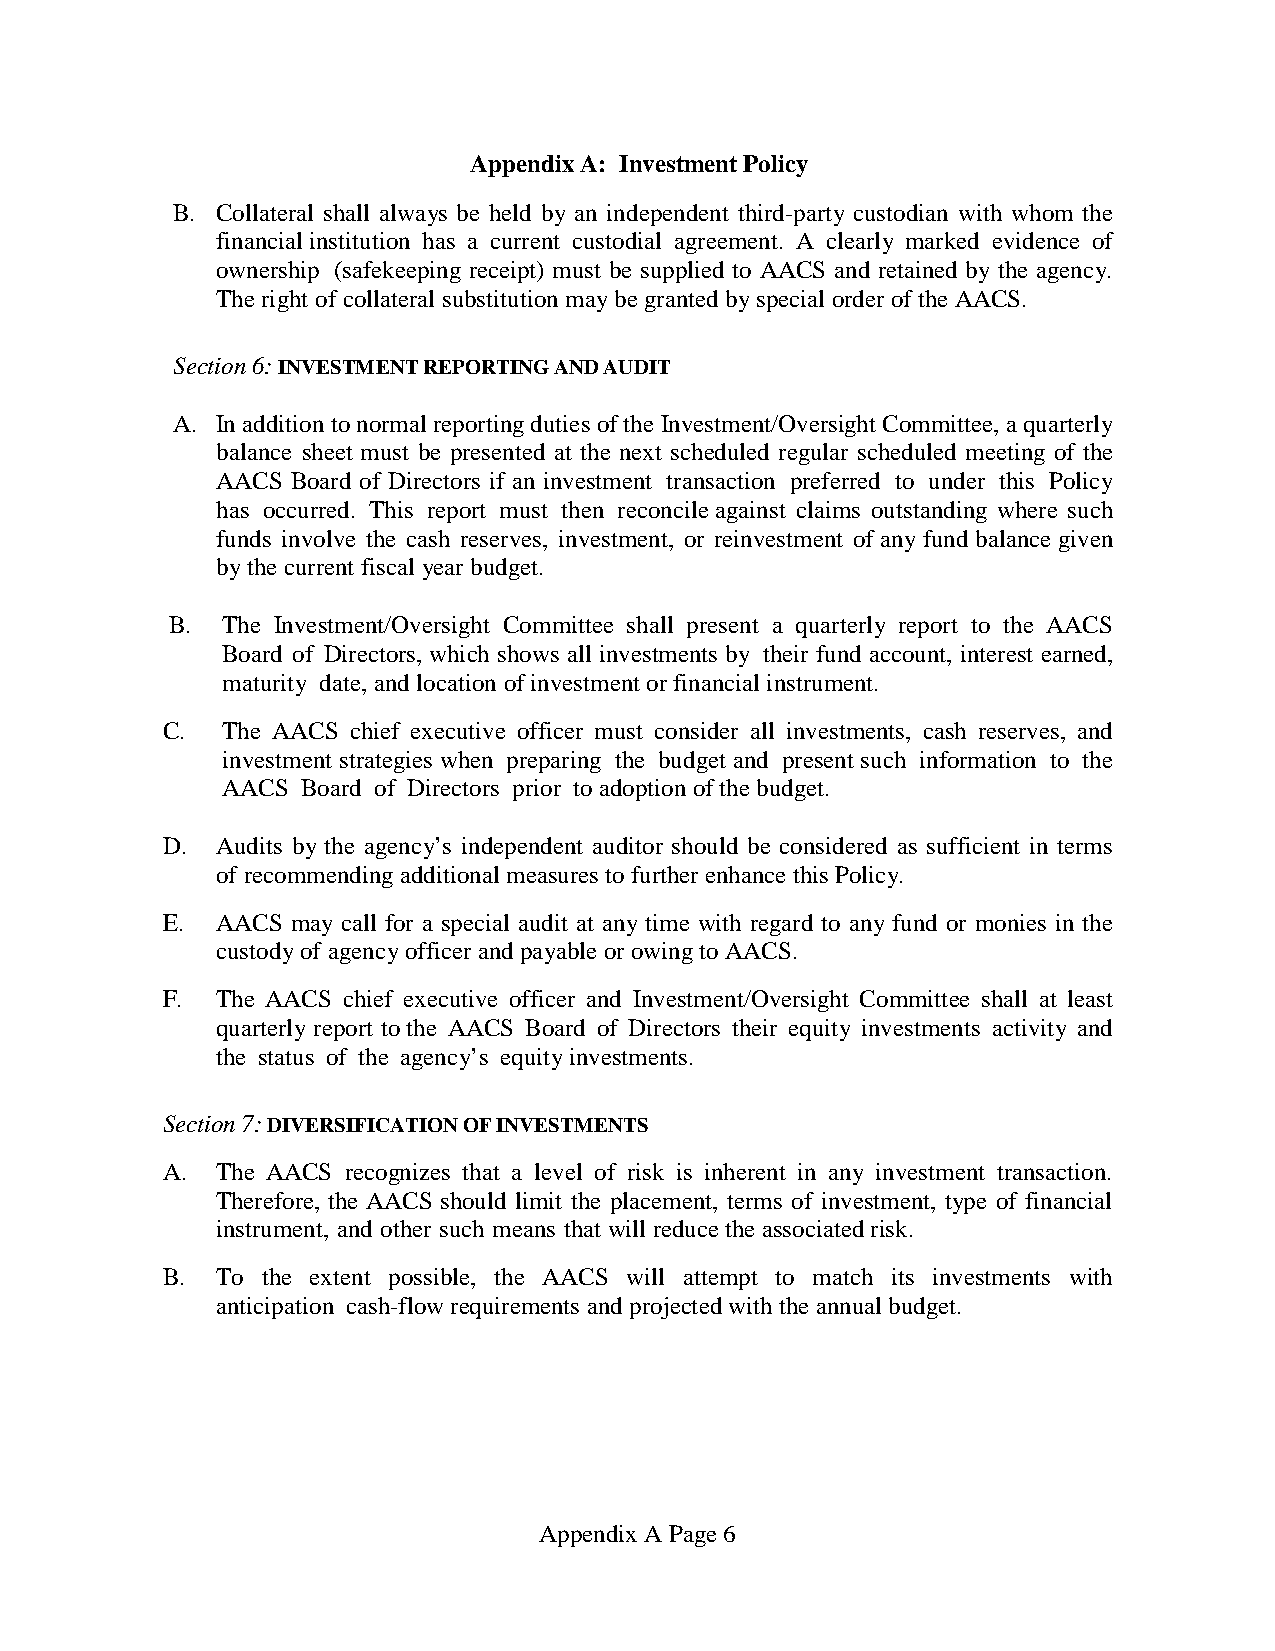
Appendix A: Investment Policy
 B. Collateral shall always be held by an independent third-party custodian with whom the
 financial institution has a current custodial agreement. A clearly marked evidence of
 ownership (safekeeping receipt) must be supplied to AACS and retained by the agency.
 The right of collateral substitution may be granted by special order of the AACS.
 Section 6: INVESTMENT REPORTING AND AUDIT
 A. In addition to normal reporting duties of the Investment/Oversight Committee, a quarterly
 balance sheet must be presented at the next scheduled regular scheduled meeting of the
 AACS Board of Directors if an investment transaction preferred to under this Policy
 has occurred. This report must then reconcile against claims outstanding where such
 funds involve the cash reserves, investment, or reinvestment of any fund balance given
 by the current fiscal year budget.
 B.  The Investment/Oversight Committee shall present a quarterly report to the AACS
 Board of Directors, which shows all investments by their fund account, interest earned,
 maturity date, and location of investment or financial instrument.
 C.  The AACS chief executive officer must consider all investments, cash reserves, and
 investment strategies when preparing the budget and present such information to the
 AACS Board of Directors prior to adoption of the budget.
 D. Audits by the agency’s independent auditor should be considered as sufficient in terms
 of recommending additional measures to further enhance this Policy.
 E. AACS may call for a special audit at any time with regard to any fund or monies in the
 custody of agency officer and payable or owing to AACS.
 F. The AACS chief executive officer and Investment/Oversight Committee shall at least
 quarterly report to the AACS Board of Directors their equity investments activity and
 the status of the agency’s equity investments.
 Section 7: DIVERSIFICATION OF INVESTMENTS
 A. The AACS recognizes that a level of risk is inherent in any investment transaction.
 Therefore, the AACS should limit the placement, terms of investment, type of financial
 instrument, and other such means that will reduce the associated risk.
 B. To the extent possible, the AACS will attempt to match its investments with
 anticipation cash-flow requirements and projected with the annual budget.
 Appendix A Page 6